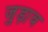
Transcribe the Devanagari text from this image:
जुड़ा़व